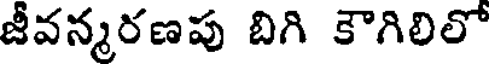
జీవన్మరణపు బిగి కౌగిలిలో